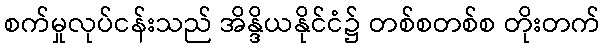
စက်မှုလုပ်ငန်းသည် အိန္ဒိယနိုင်ငံ၌ တစ်စတစ်စ တိုးတက်